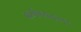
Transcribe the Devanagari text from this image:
कर्मपथतत्पर